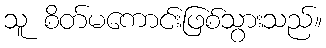
သူ စိတ်မကောင်းဖြစ်သွားသည်။